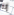
إنه